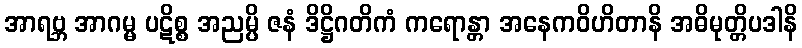
အာရဗ္ဘ အာဂမ္မ ပဋိစ္စ အညမ္ပိ ဇနံ ဒိဋ္ဌိဂတိကံ ကရောန္တာ အနေကဝိဟိတာနိ အဓိမုတ္တိပဒါနိ